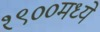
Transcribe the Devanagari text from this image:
१९००मध्ये